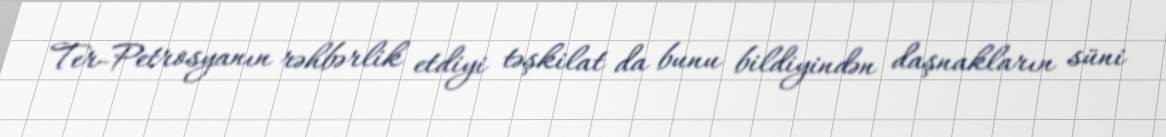
Ter-Petrosyanın rəhbərlik etdiyi təşkilat da bunu bildiyindən daşnakların süni